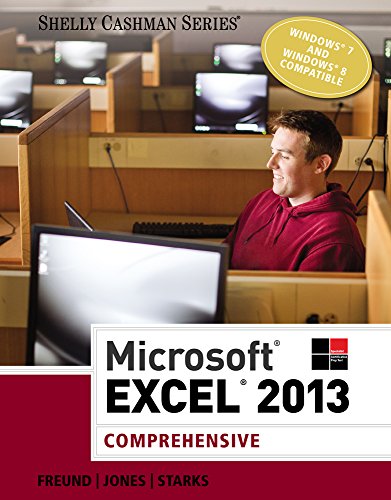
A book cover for Microsoft Excel 2013: Comprehensive (Shelly Cashman); Steven M. Freund; Computers & Technology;